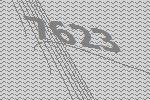
7623